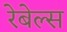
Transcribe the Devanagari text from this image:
रेबेल्स